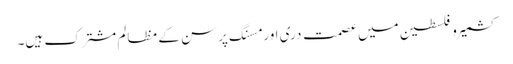
کشمیر و فلسطین میں عصمت دری اور مسنگ پرسن کے مظالم مشترک ہیں۔